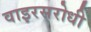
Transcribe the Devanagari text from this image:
वाइरसरोधी